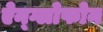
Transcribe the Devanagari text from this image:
ऐन्ग्लोफोन